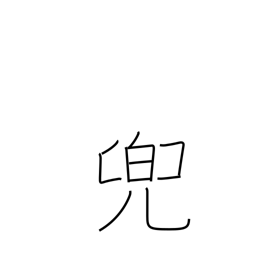
Meaning: helmet